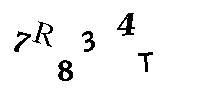
7R834T